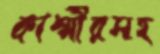
কাশ্মীরসহ